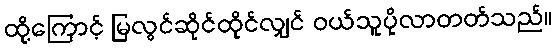
ထို့ကြောင့် မြလွင်ဆိုင်ထိုင်လျှင် ဝယ်သူပိုလာတတ်သည်။